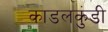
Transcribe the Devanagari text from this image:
काडलकुंडी